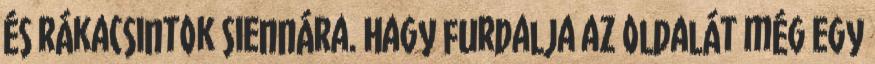
és rákacsintok Siennára. Hagy furdalja az oldalát még egy